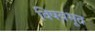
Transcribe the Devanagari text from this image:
विषयभूत